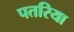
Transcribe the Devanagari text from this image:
पतरिया